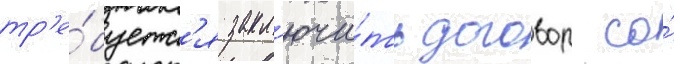
тр'е́буетс'я закл'ючи́ть договор со́